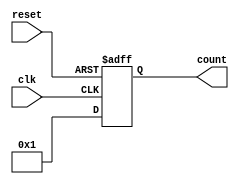
module for_loop_example (
    input wire clk,
    input wire reset,
    output reg [7:0] count
);

reg [7:0] i;

always @(posedge clk or posedge reset) begin
    if (reset) begin
        count <= 8'b0;
    end else begin
        for (i = 8'b0; i < 8'b10; i = i + 1) begin
            count <= i;
            // Block of code to be executed in each iteration
        end
    end
end

endmodule